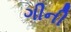
ગીની